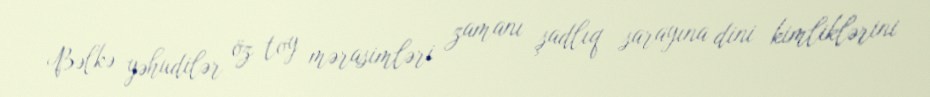
Bəlkə yəhudilər öz toy mərasimləri zamanı şadlıq sarayına dini kimliklərini